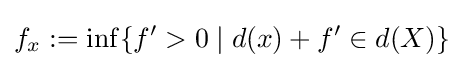
f_{x}:=\inf\{f'>0\mid d(x)+f'\in d(X)\}